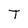
Character: T